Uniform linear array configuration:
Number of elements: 8
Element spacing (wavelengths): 0.75
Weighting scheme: cosine
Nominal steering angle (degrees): -60
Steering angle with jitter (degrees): -58.912
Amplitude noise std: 0.05
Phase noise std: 0.05

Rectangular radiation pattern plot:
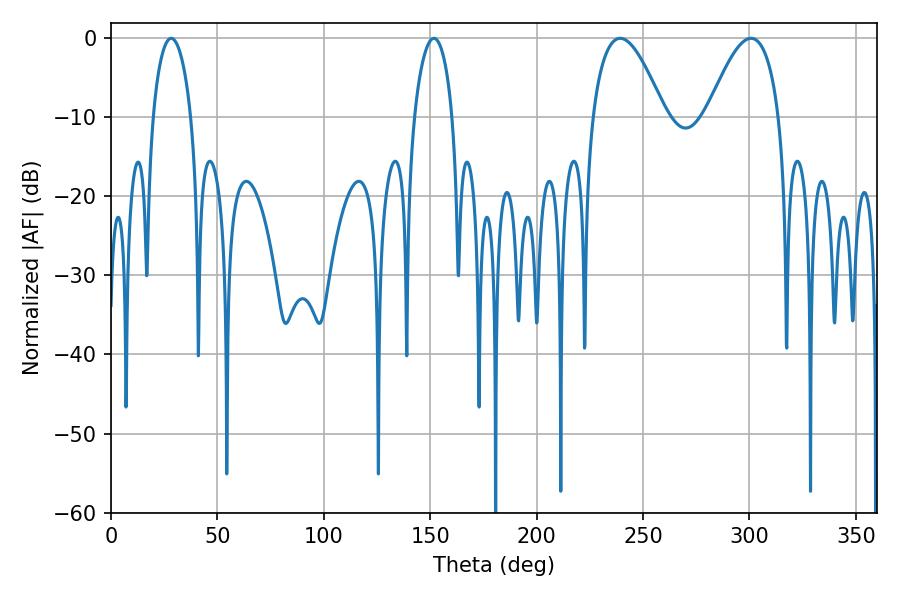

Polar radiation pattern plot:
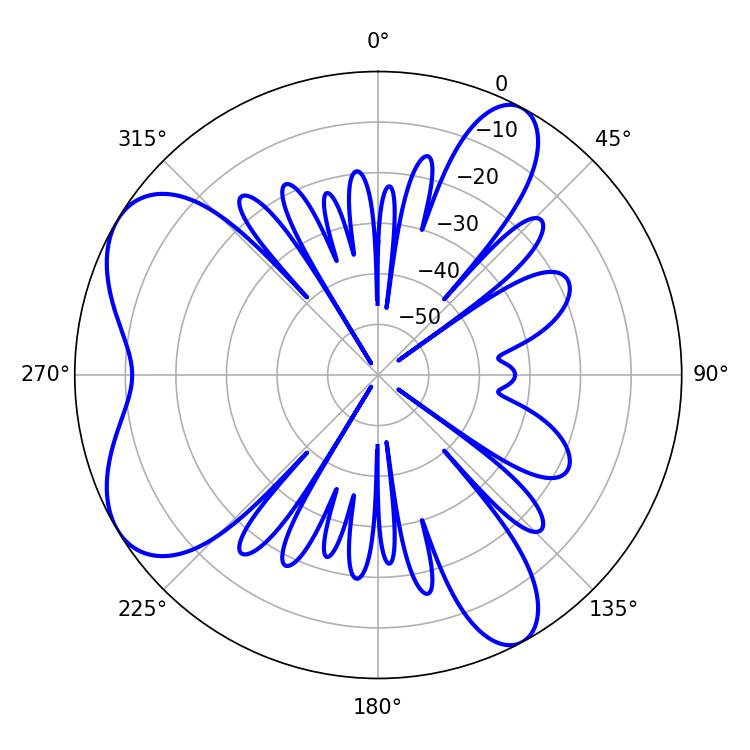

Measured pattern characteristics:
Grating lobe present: TRUE
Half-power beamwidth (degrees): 10.26
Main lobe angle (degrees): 28.26